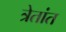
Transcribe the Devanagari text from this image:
त्रेतांत